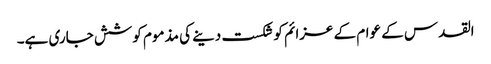
القدس کے عوام کے عزائم کو شکست دینے کی مذموم کوشش جاری ہے۔